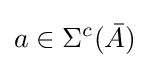
a\in \Sigma ^{c}({\bar {A}})